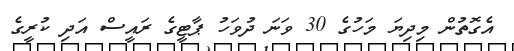
އެގޮތުން މިދިޔަ މަހުގެ 30 ވަނަ ދުވަހު ޕާޓީގެ ރައީސް އަދި ކުރީގެ